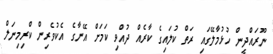
ނޫރައްދީން ހުޅުމާލޭގައި ރަތް ކުލައިގެ ކާރެއް ދުއްވި ކަމަށް އޭނާގެ އެކުވެރިން ކްރިމިނަލް